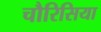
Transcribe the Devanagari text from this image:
चौरिसिया